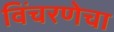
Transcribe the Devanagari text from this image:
विंचरणेचा